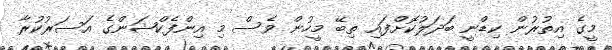
މީގެ އިތުރުން ކިޑްނީ ބަދަލުކޮށްފައި ތިބޭ މީހުން ވެސް މި އިންފެކްޝަންގެ އަސަރުކުރާ